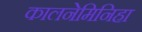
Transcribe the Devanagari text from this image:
कालनेमिनिहा